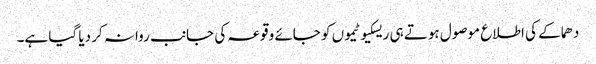
دھماکے کی اطلاع موصول ہوتے ہی ریسکیو ٹیموں کو جائے وقوعہ کی جانب روانہ کر دیا گیا ہے۔